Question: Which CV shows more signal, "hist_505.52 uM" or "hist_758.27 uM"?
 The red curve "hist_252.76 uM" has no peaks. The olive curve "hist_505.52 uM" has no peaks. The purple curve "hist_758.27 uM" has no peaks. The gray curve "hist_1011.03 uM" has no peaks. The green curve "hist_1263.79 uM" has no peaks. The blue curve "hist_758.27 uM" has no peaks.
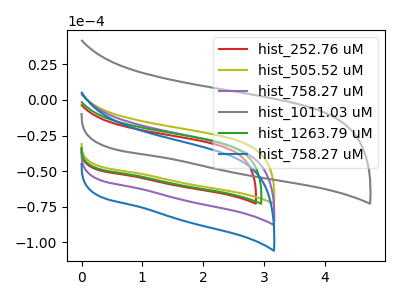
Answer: <think>Neither "hist_505.52 uM" or "hist_758.27 uM" have any peaks.
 </think>
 <answer>I cant tell if "hist_505.52 uM" or "hist_758.27 uM" has more signal.</answer>
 <eval>mixed_signal</eval>